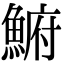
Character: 𩸅